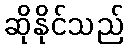
ဆိုနိုင်သည်